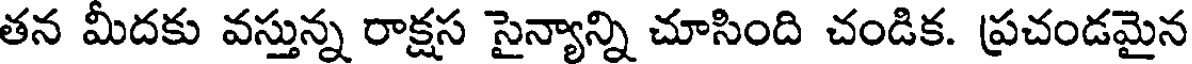
తన మీదకు వస్తున్న రాక్షస సైన్యాన్ని చూసింది చండిక. ప్రచండమైన